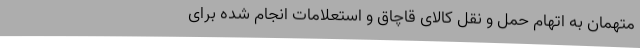
متهمان به اتهام حمل‌ و نقل کالای قاچاق و استعلامات انجام شده برای